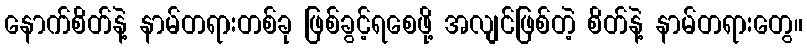
နောက်စိတ်နဲ့ နာမ်တရားတစ်ခု ဖြစ်ခွင့်ရစေဖို့ အလျင်ဖြစ်တဲ့ စိတ်နဲ့ နာမ်တရားတွေ။